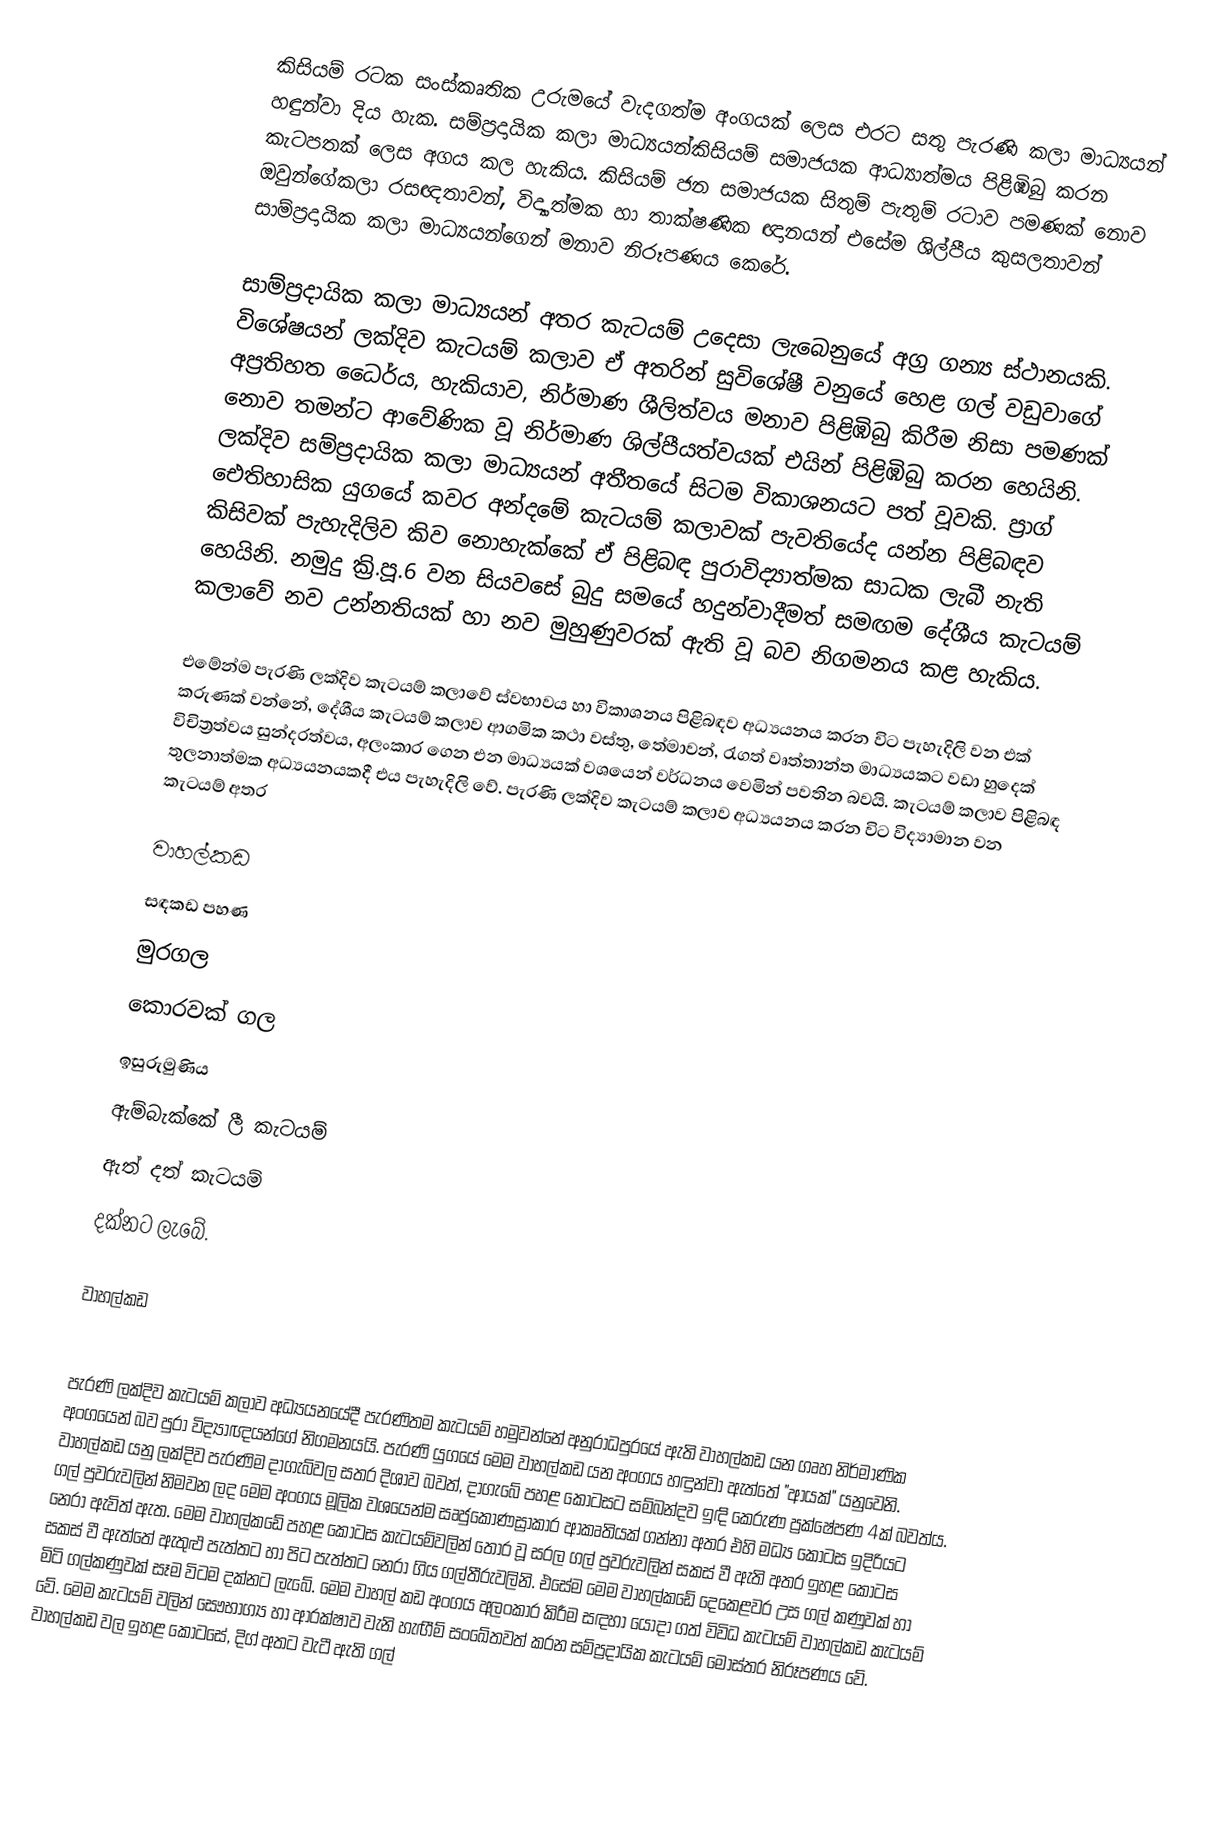
කිසියම් රටක සංස්කෘතික උරුමයේ වැදගත්ම අංගයක් ලෙස එරට සතු පැරණි කලා මාධ්‍යයන් හඳුන්වා දිය හැක. සම්ප්‍රදායික කලා මාධ්‍යයන්කිසියම් සමාජයක ආධ්‍යාත්මය පිළිඹිබු කරන කැටපතක් ලෙස අගය කල හැකිය. කිසියම් ජන සමාජයක සිතුම් පැතුම් රටාව පමණක් නොව ඔවුන්ගේකලා රසඥතාවන්, විද්‍යාත්මක හා තාක්ෂණික ඥානයන් එසේම ශිල්පීය කුසලතාවන් සාම්ප්‍රදායික කලා මාධ්‍යයන්ගෙන් මනාව නිරූපණය කෙ‍රේ.

සාම්ප්‍රදායික කලා මාධ්‍යයන් අතර කැටයම් උදෙසා ලැබෙනුයේ අග්‍ර ගන්‍ය ස්ථානයකි. විශේෂයන් ලක්දිව කැටයම් කලාව ඒ අතරින් සුවිශේෂී වනුයේ ‍හෙළ ගල් වඩුවාගේ අප්‍රතිහත ධෛර්ය, හැකියාව, නිර්මාණ ශීලිත්වය මනාව පිළිඹිබු කිරීම නිසා පමණක් නොව තමන්ට ආවේණික වූ නිර්මාණ ශිල්පීයත්වයක් එයින් පිළිඹිබු කරන හෙයිනි. ලක්දිව සම්ප්‍රදායික කලා මාධ්‍යයන් අතීතයේ සිටම විකාශනයට පත් වූවකි. ප්‍රාග් ඓතිහාසික යුගයේ කවර අන්දමේ කැටයම් කලාවක් පැවතියේද යන්න පිළිබඳව කිසිවක් පැහැදිලිව කිව නොහැක්කේ ඒ පිළිබඳ පුරාවිද්‍යාත්මක සාධක ලැබී නැති හෙයිනි. නමුදු ක්‍රි.පූ.6 වන සියවසේ බුදු සමයේ හදුන්වාදීමත් සමඟම දේශීය කැටයම් කලාවේ නව උන්නතියක් හා නව මුහුණුවරක් ඇති වූ බව නිගමනය කළ හැකිය.

එමේන්ම පැරණි ලක්දිව කැටයම් කලාවේ ස්වභාවය හා විකාශනය පිළිබඳව අධ්‍යයනය කරන විට පැහැදිලි වන එක් කරුණක් වන්නේ, දේශීය කැටයම් කලාව ආගමික කථා වස්තු, තේමාවන්, රැගත් වෘත්තාන්ත මාධ්‍යයකට වඩා හුදෙක් විචිත්‍රත්වය සුන්දරත්වය, අලංකාර ‍ගෙන එන මාධ්‍යයක් වශයෙන් වර්ධනය වෙමින් පවතින බවයි. කැටයම් කලාව පිළිබඳ තුලනාත්මක අධ්‍යයනයකදී එය පැහැදිලි වේ. පැරණි ලක්දිව කැටයම් කලාව අධ්‍යයනය කරන විට විද්‍යාමාන වන කැටයම් අතර

වාහල්කඩ
සඳකඩ පහණ
මුරගල
කොරවක් ගල
ඉසුරුමුණිය
ඇම්බැක්කේ ලී කැටයම්
ඇත් දත් කැටයම්
             දක්නට ලැබේ.

වාහල්කඩ

පැරණි ලක්දිව කැටයම් කලාව අධ්‍යයනයේදී පැරණිතම කැටයම් හමුවන්නේ අනුරාධපුරයේ ඇති වාහල්කඩ යන ගෘහ නිර්මාණික අංගයෙන් බව පුරා විද්‍යාඥයන්ගේ නිගමනයයි. පැරණි යුගයේ මෙම වාහල්කඩ යන අංගය හඳුන්වා ඇත්තේ "ආයක්" යනුවෙනි. වාහල්කඩ යනු ලක්දිව පැරණිම දාගැබ්වල සතර දිශාව බවත්, දාගැබේ පහළ කොටසට සම්බන්දව ඉඳි කෙරුණ ප්‍රක්ෂේපණ 4ක් බවත්ය. ගල් පුවරුවලින් නිමවන ලද මෙම අංගය මූලික වශයෙන්ම සෘජුකෝණස්‍රාකාර ආකෘතියක් ගන්නා අතර එහි මධ්‍ය කොටස ඉදිරියට නෙරා ඇවිත් ඇත. මෙම වාහල්කඩේ පහළ කොටස කැටයම්වලින් තොර වූ සරල ගල් පුවරුවලින් සකස් වී ඇති අතර ඉහළ කොටස සකස් වී ඇත්තේ ඇතුළු පැත්තට හා පිට පැත්තට නෙරා ගිය ගල්තීරුවලිනි. එසේම මෙම වාහල්කඩේ දෙකෙළවර උස ගල් කණුවක් හා මිටි ගල්කණුවක් සෑම විටම දක්නට ලැබේ. මෙම වාහල් කඩ අංගය අලංකාර කිරීම සඳහා යොදා ගත් විවිධ කැටයම් වාහල්කඩ කැටයම් වේ. මෙම කැටයම් වලින් සෞභාග්‍ය හා ආරක්ෂාව වැනි හැඟීම් සං‍ඛේතවත් කරන සම්ප්‍රදායික කැටයම් මොස්තර නිරූපණය වේ. වාහල්කඩ වල ඉහළ කොටසේ, දිග් අතට වැටී ඇති ගල්